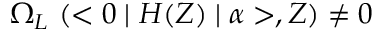
\Omega _ { L } ~ ( < 0 \mid H ( Z ) \mid \alpha > , Z ) \neq 0